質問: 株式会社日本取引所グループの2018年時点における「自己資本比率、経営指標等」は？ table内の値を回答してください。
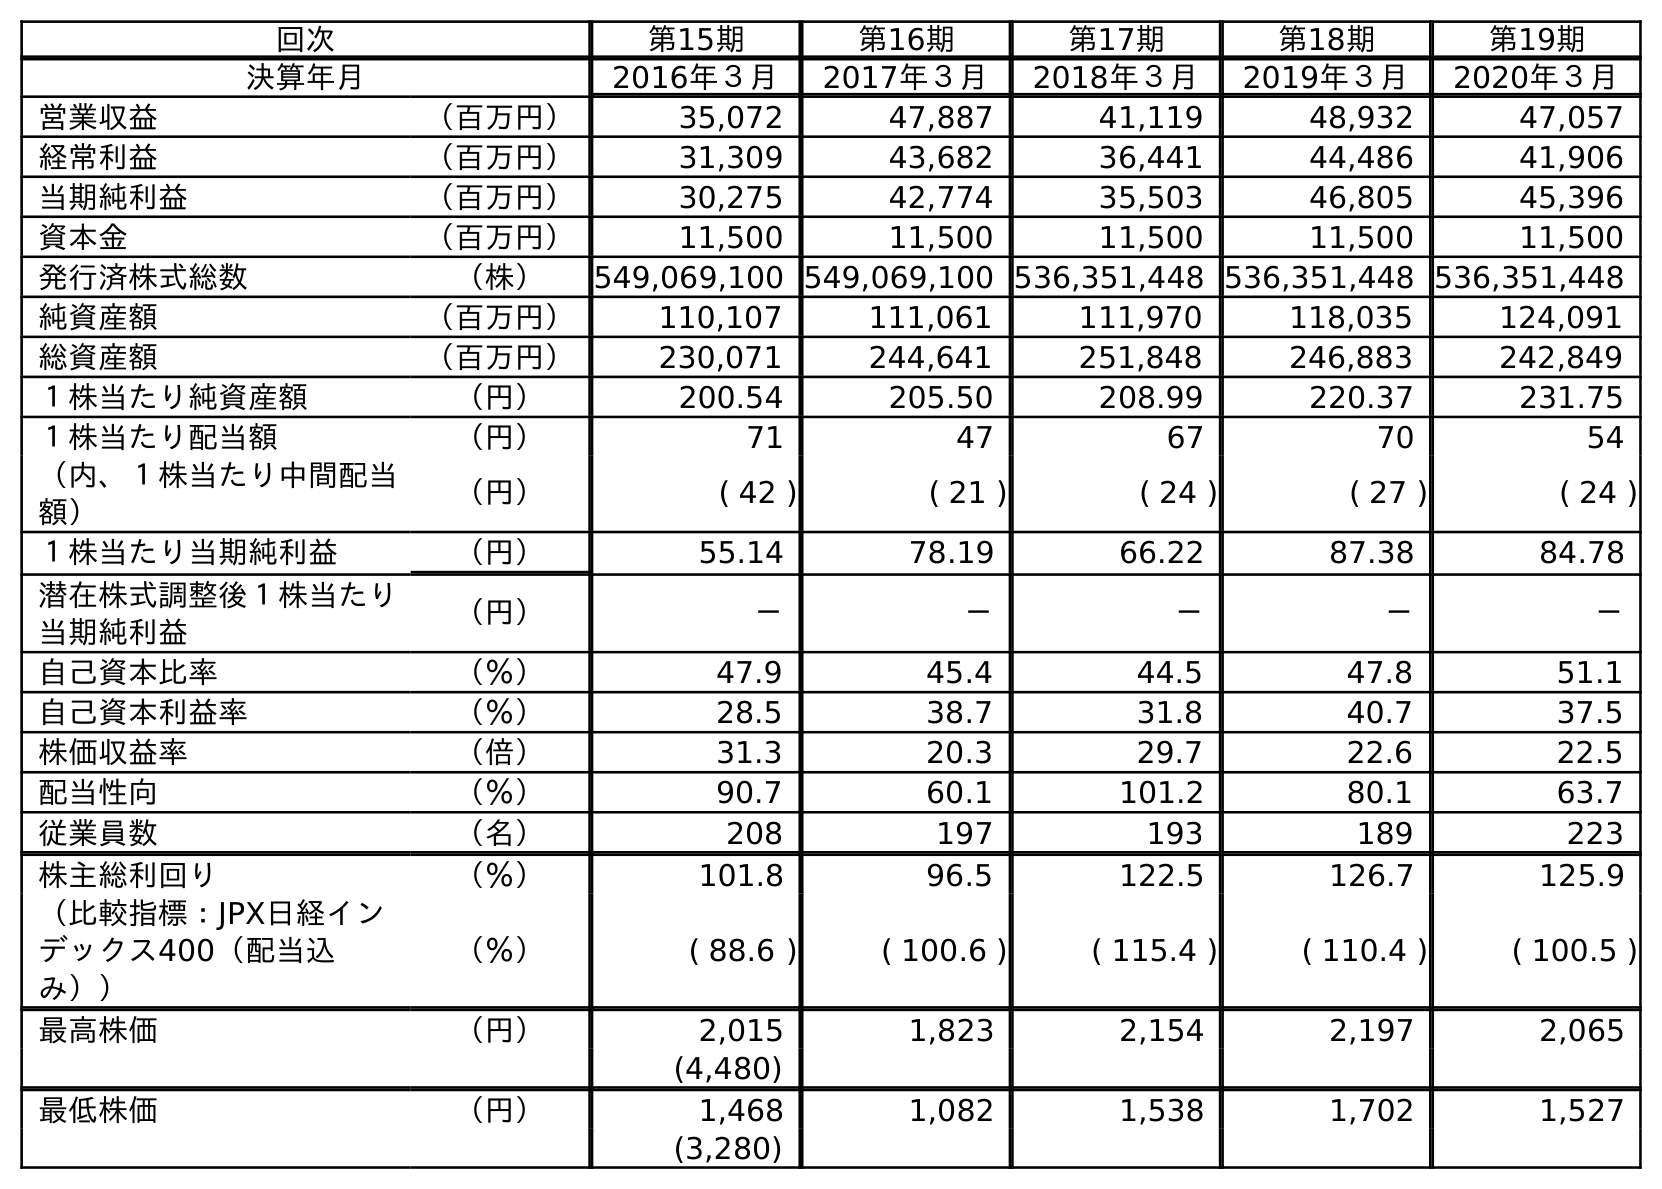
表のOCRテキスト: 回次 第15期 第16期 第17期 第18期 第19期 決算年月 2016年３月 2017年３月 2018年３月 2019年３月 2020年３月 営業収益 （百万円） 35,072 47,887 41,119 48,932 47,057 経常利益 （百万円） 31,309 43,682 36,441 44,486 41,906 当期純利益 （百万円） 30,275 42,774 35,503 46,805 45,396 資本金 （百万円） 11,500 11,500 11,500 11,500 11,500 発行済株式総数 （株） 549,069,100 549,069,100 536,351,448 536,351,448 536,351,448 純資産額 （百万円） 110,107 111,061 111,970 118,035 124,091 総資産額 （百万円） 230,071 244,641 251,848 246,883 242,849 １株当たり純資産額 （円） 200.54 205.50 208.99 220.37 231.75 １株当たり配当額 （円） 71 47 67 70 54 （内、１株当たり中間配当 額） （円） ( 42 ) ( 21 ) ( 24 ) ( 27 ) ( 24 ) １株当たり当期純利益 （円） 55.14 78.19 66.22 87.38 84.78 潜在株式調整後１株当たり 当期純利益 （円） － － － － － 自己資本比率 （％） 47.9 45.4 44.5 47.8 51.1 自己資本利益率 （％） 28.5 38.7 31.8 40.7 37.5 株価収益率 （倍） 31.3 20.3 29.7 22.6 22.5 配当性向 （％） 90.7 60.1 101.2 80.1 63.7 従業員数 （名） 208 197 193 189 223 株主総利回り （％） 101.8 96.5 122.5 126.7 125.9 （比較指標：JPX日経イン デックス400（配当込 み）） （％） ( 88.6 ) ( 100.6 ) ( 115.4 ) ( 110.4 ) ( 100.5 ) 最高株価 （円） 2,015 1,823 2,154 2,197 2,065 (4,480) 最低株価 （円） 1,468 1,082 1,538 1,702 1,527 (3,280)
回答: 44.5